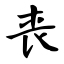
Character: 丧